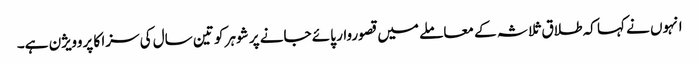
انہوں نے کہا کہ طلاق ثلاثہ کے معاملے میں قصوروار پائے جانے پر شوہر کو تین سال کی سزا کا پروویژن ہے۔